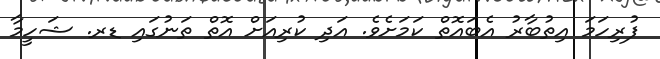
ފުރިހަމަ އިތުބާރު އެބައޮތް ކަމަށެވެ. އަދި ކުރިއަށް އޮތް ތަނުގައި ޑރ. ޝަހީމާ